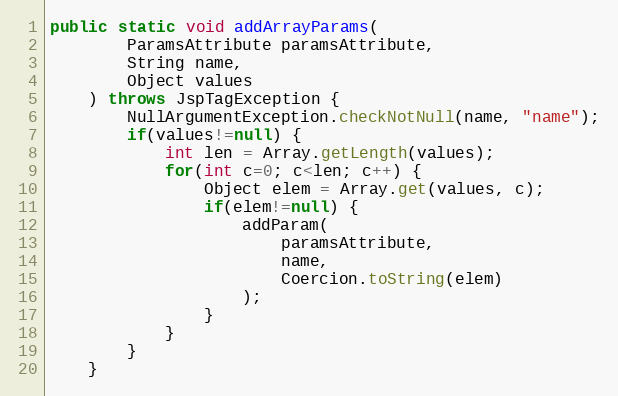
Language: Java
public static void addArrayParams(
		ParamsAttribute paramsAttribute,
		String name,
		Object values
	) throws JspTagException {
		NullArgumentException.checkNotNull(name, "name");
		if(values!=null) {
			int len = Array.getLength(values);
			for(int c=0; c<len; c++) {
				Object elem = Array.get(values, c);
				if(elem!=null) {
					addParam(
						paramsAttribute,
						name,
						Coercion.toString(elem)
					);
				}
			}
		}
	}